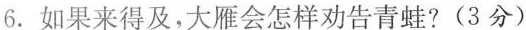
6. 如果来得及，大雁会怎样劝告青蛙?（3分）